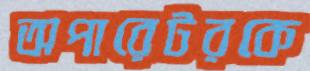
অপারেটরকে